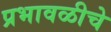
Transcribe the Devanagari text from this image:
प्रभावळीचे